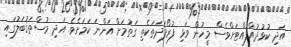
އަދި ކުޅުދުއްފުއްޓަށްވެސް މީހުން ވަޅި ފުރޯފަދަތަކެތި ގަތުމަށް އަންނަ ކަމަށެވެ. އަދި މުސްތަޤުބަލުގައި